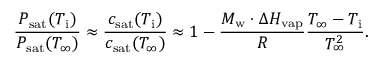
\frac { P _ { \mathrm { s a t } } ( T _ { \mathrm { i } } ) } { P _ { \mathrm { s a t } } ( T _ { \infty } ) } \approx \frac { c _ { \mathrm { s a t } } ( T _ { \mathrm { i } } ) } { c _ { \mathrm { s a t } } ( T _ { \infty } ) } \approx 1 - \frac { M _ { \mathrm { w } } \cdot \Delta H _ { \mathrm { v a p } } } { { \cal R } } \frac { T _ { \infty } - T _ { \mathrm { i } } } { T _ { \infty } ^ { 2 } } .